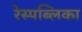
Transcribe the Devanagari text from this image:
रेस्पब्लिका